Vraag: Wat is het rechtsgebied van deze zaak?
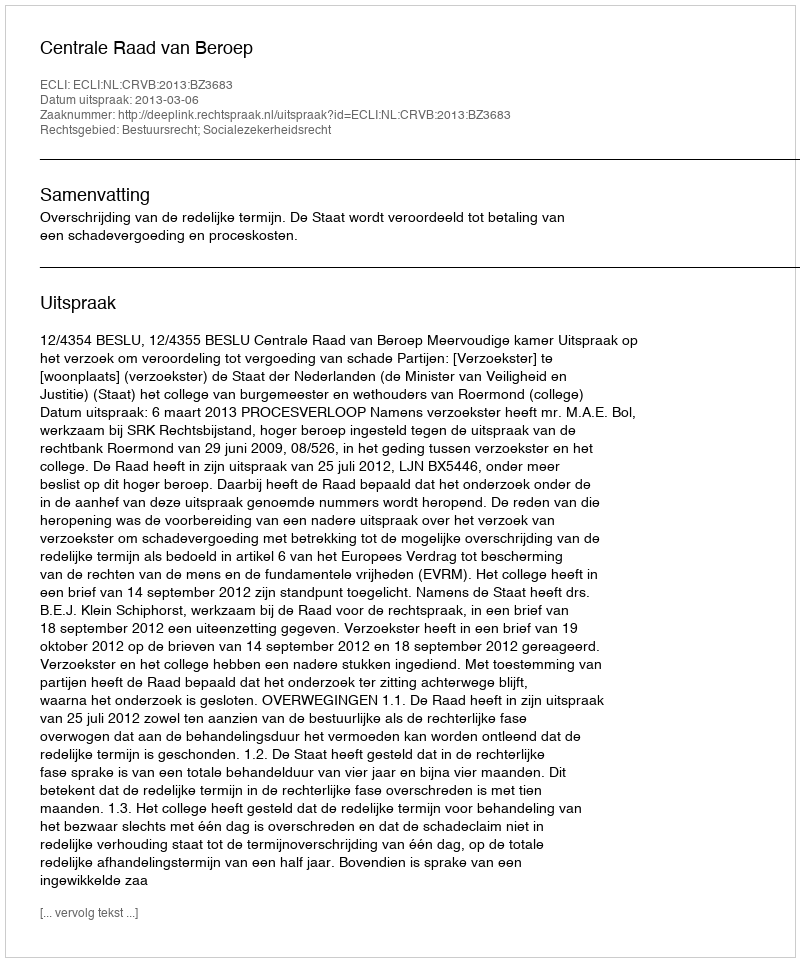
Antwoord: Bestuursrecht; Socialezekerheidsrecht